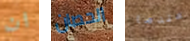
ان الحصان عندما